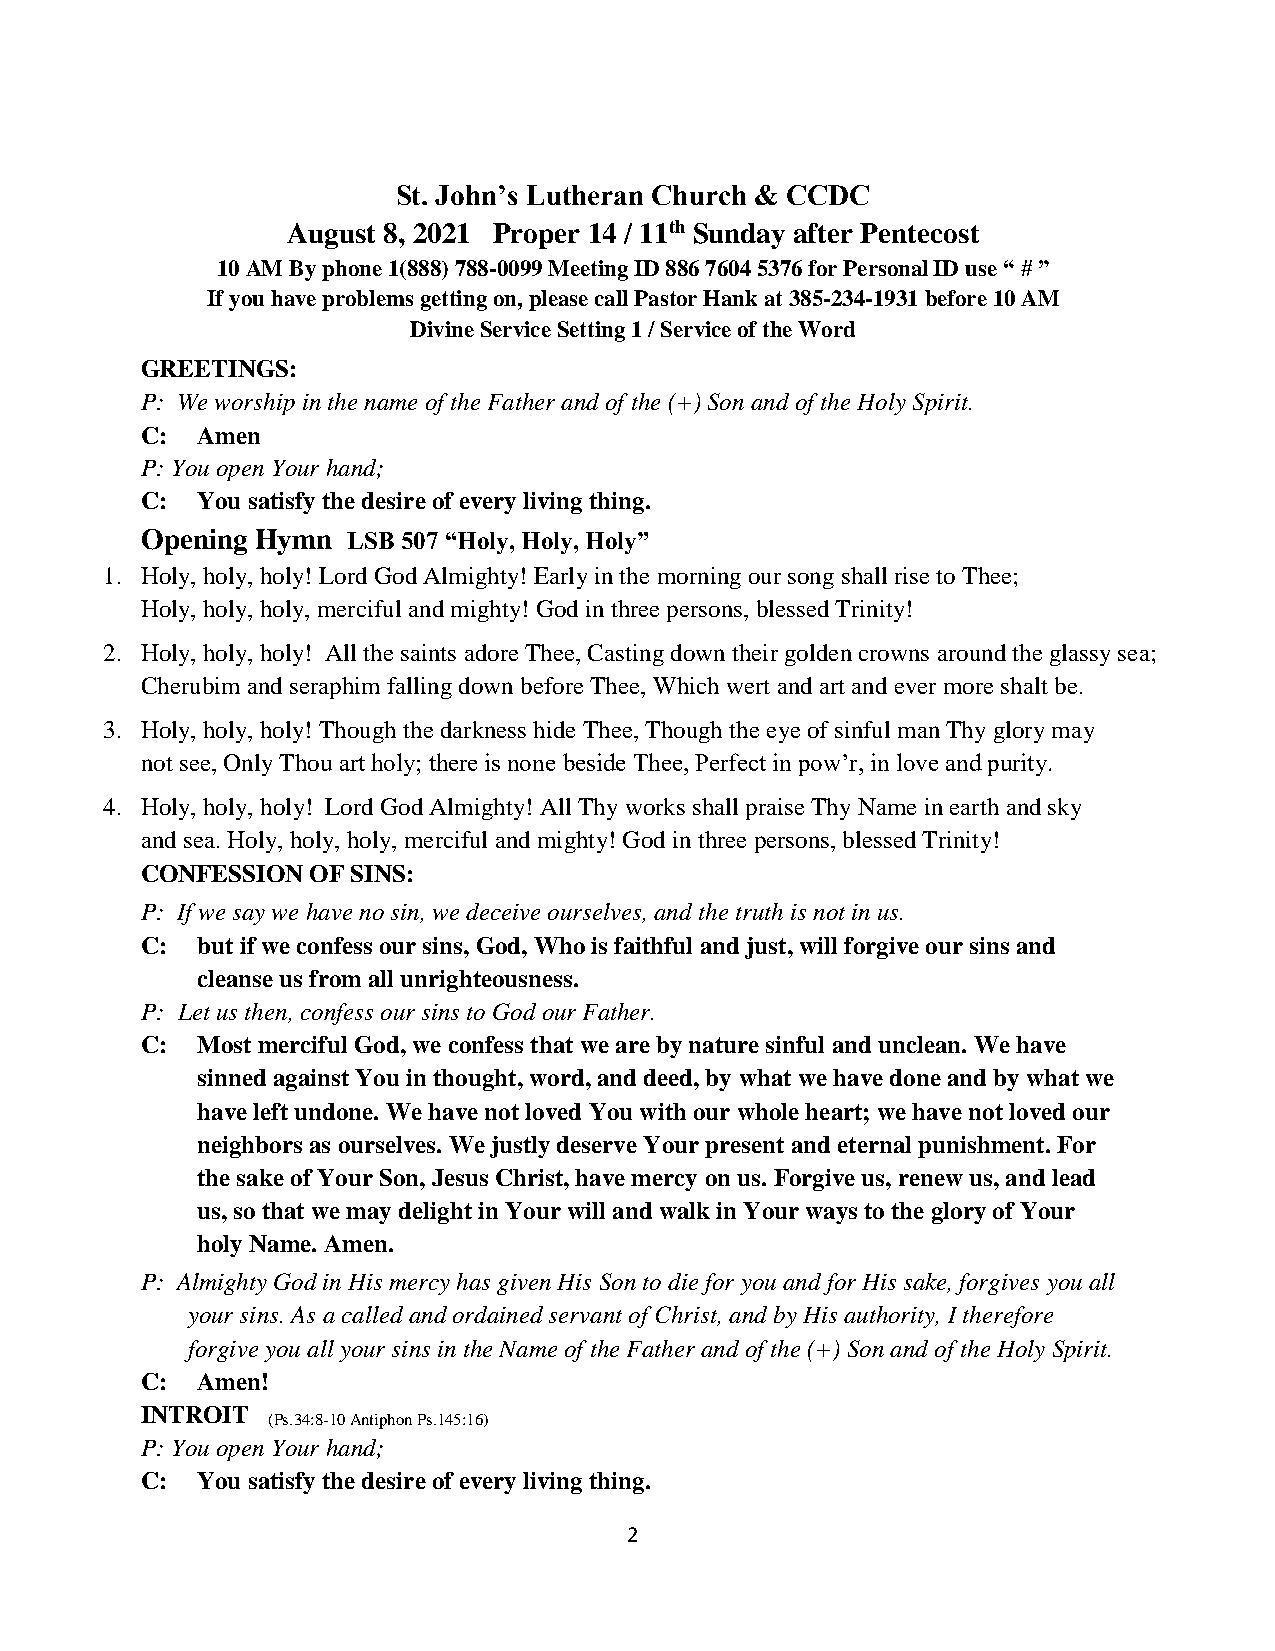
St. John’s Lutheran Church & CCDC
 August 8, 2021 Proper 14 / 11th Sunday after Pentecost
 10 AM By phone 1(888) 788-0099 Meeting ID 886 7604 5376 for Personal ID use “ # ”
 If you have problems getting on, please call Pastor Hank at 385-234-1931 before 10 AM
 Divine Service Setting 1 / Service of the Word
 GREETINGS:
 P: We worship in the name of the Father and of the (+) Son and of the Holy Spirit.
 C:  Amen
 P: You open Your hand;
 C:  You satisfy the desire of every living thing.
 Opening Hymn  LSB 507 “Holy, Holy, Holy”
 1. Holy, holy, holy! Lord God Almighty! Early in the morning our song shall rise to Thee;
 Holy, holy, holy, merciful and mighty! God in three persons, blessed Trinity!
 2. Holy, holy, holy! All the saints adore Thee, Casting down their golden crowns around the glassy sea;
 Cherubim and seraphim falling down before Thee, Which wert and art and ever more shalt be.
 3. Holy, holy, holy! Though the darkness hide Thee, Though the eye of sinful man Thy glory may
 not see, Only Thou art holy; there is none beside Thee, Perfect in pow’r, in love and purity.
 4. Holy, holy, holy! Lord God Almighty! All Thy works shall praise Thy Name in earth and sky
 and sea. Holy, holy, holy, merciful and mighty! God in three persons, blessed Trinity!
 CONFESSION OF SINS:
 P: If we say we have no sin, we deceive ourselves, and the truth is not in us.
 C:  but if we confess our sins, God, Who is faithful and just, will forgive our sins and
 cleanse us from all unrighteousness.
 P: Let us then, confess our sins to God our Father.
 C:  Most merciful God, we confess that we are by nature sinful and unclean. We have
 sinned against You in thought, word, and deed, by what we have done and by what we
 have left undone. We have not loved You with our whole heart; we have not loved our
 neighbors as ourselves. We justly deserve Your present and eternal punishment. For
 the sake of Your Son, Jesus Christ, have mercy on us. Forgive us, renew us, and lead
 us, so that we may delight in Your will and walk in Your ways to the glory of Your
 holy Name. Amen.
 P: Almighty God in His mercy has given His Son to die for you and for His sake, forgives you all
 your sins. As a called and ordained servant of Christ, and by His authority, I therefore
 forgive you all your sins in the Name of the Father and of the (+) Son and of the Holy Spirit.
 C:  Amen!
 INTROIT
 (Ps.34:8-10 Antiphon Ps.145:16)
 P: You open Your hand;
 C:  You satisfy the desire of every living thing.
 2